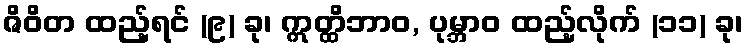
ဇိဝိတ ထည့်ရင် (၉) ခု၊ ဣတ္ထိဘာဝ, ပုမ္ဘာဝ ထည့်လိုက် (၁၁) ခု၊